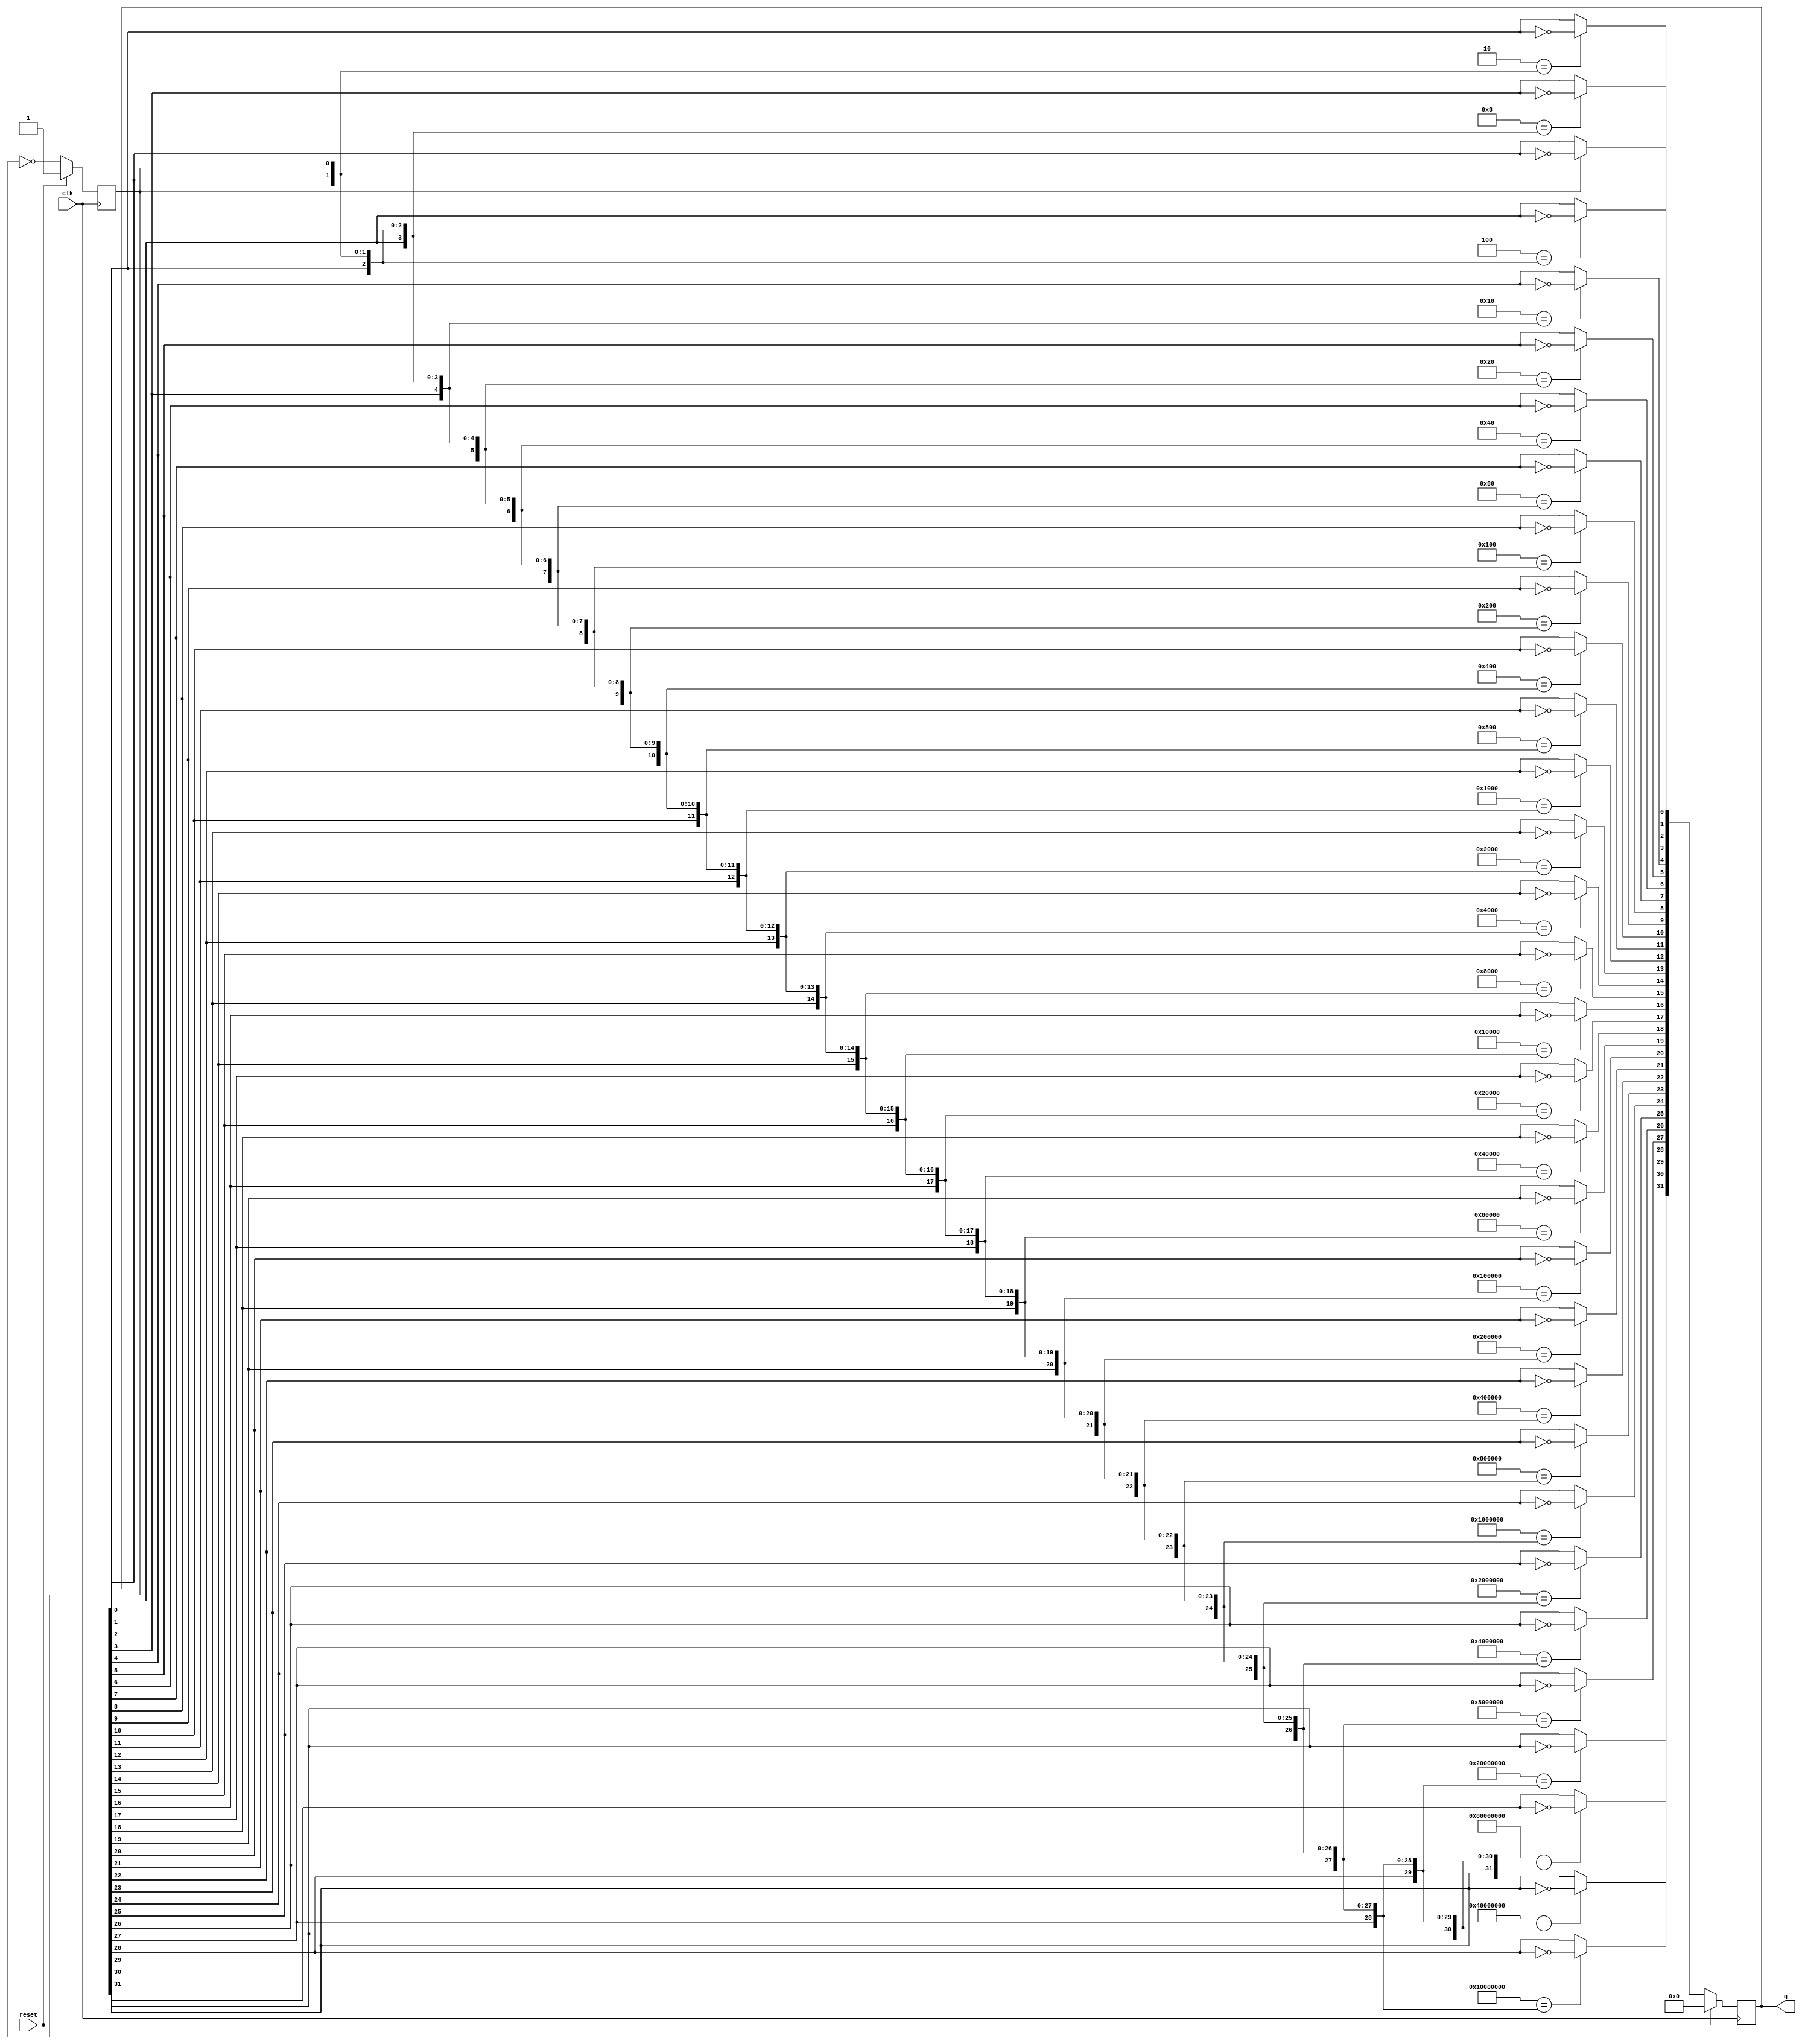
module gcounter(
		input 		   clk, reset,
		output wire [31:0] q
		);
   
   reg [31:0] cnt, cnt_next;
   reg 	      t, t_next;
   
   always @(posedge clk)
     begin
   	if (reset)
   	  begin
   	     t <= 1'b1;
   	     cnt <= 32'b0;
   	  end
   	else
   	  begin
   	     t <= t_next;
   	     cnt <= cnt_next;
   	  end
     end
   
   integer i;
   reg [31:0] v;
   
   always @(*)
     begin
   	t_next = ~t;
	
   	cnt_next[0]  = (1'h1 == t) ? ~cnt[0] : cnt[0];
   	cnt_next[1]  = (2'h2 == {cnt[0],t}) ? ~cnt[1] : cnt[1];
   	cnt_next[2]  = (3'h4 == {cnt[1:0],t}) ? ~cnt[2] : cnt[2];
   	cnt_next[3]  = (4'h8 == {cnt[2:0],t}) ? ~cnt[3] : cnt[3];
   	cnt_next[4]  = (5'h10 == {cnt[3:0],t}) ? ~cnt[4] : cnt[4];
   	cnt_next[5]  = (6'h20 == {cnt[4:0],t}) ? ~cnt[5] : cnt[5];
   	cnt_next[6]  = (7'h40 == {cnt[5:0],t}) ? ~cnt[6] : cnt[6];
   	cnt_next[7]  = (8'h80 == {cnt[6:0],t}) ? ~cnt[7] : cnt[7];
   	cnt_next[8]  = (9'h100 == {cnt[7:0],t}) ? ~cnt[8] : cnt[8];
   	cnt_next[9]  = (10'h200 == {cnt[8:0],t}) ? ~cnt[9] : cnt[9];
   	cnt_next[10] = (11'h400 == {cnt[9:0],t}) ? ~cnt[10] : cnt[10];
   	cnt_next[11] = (12'h800 == {cnt[10:0],t}) ? ~cnt[11] : cnt[11];
   	cnt_next[12] = (13'h1000 == {cnt[11:0],t}) ? ~cnt[12] : cnt[12];
   	cnt_next[13] = (14'h2000 == {cnt[12:0],t}) ? ~cnt[13] : cnt[13];
   	cnt_next[14] = (15'h4000 == {cnt[13:0],t}) ? ~cnt[14] : cnt[14];
   	cnt_next[15] = (16'h8000 == {cnt[14:0],t}) ? ~cnt[15] : cnt[15];
   	cnt_next[16] = (17'h10000 == {cnt[15:0],t}) ? ~cnt[16] : cnt[16];
   	cnt_next[17] = (18'h20000 == {cnt[16:0],t}) ? ~cnt[17] : cnt[17];
   	cnt_next[18] = (19'h40000 == {cnt[17:0],t}) ? ~cnt[18] : cnt[18];
   	cnt_next[19] = (20'h80000 == {cnt[18:0],t}) ? ~cnt[19] : cnt[19];
   	cnt_next[20] = (21'h100000 == {cnt[19:0],t}) ? ~cnt[20] : cnt[20];
   	cnt_next[21] = (22'h200000 == {cnt[20:0],t}) ? ~cnt[21] : cnt[21];
   	cnt_next[22] = (23'h400000 == {cnt[21:0],t}) ? ~cnt[22] : cnt[22];
   	cnt_next[23] = (24'h800000 == {cnt[22:0],t}) ? ~cnt[23] : cnt[23];
   	cnt_next[24] = (25'h1000000 == {cnt[23:0],t}) ? ~cnt[24] : cnt[24];
   	cnt_next[25] = (26'h2000000 == {cnt[24:0],t}) ? ~cnt[25] : cnt[25];
   	cnt_next[26] = (27'h4000000 == {cnt[25:0],t}) ? ~cnt[26] : cnt[26];
   	cnt_next[27] = (28'h8000000 == {cnt[26:0],t}) ? ~cnt[27] : cnt[27];
   	cnt_next[28] = (29'h10000000 == {cnt[27:0],t}) ? ~cnt[28] : cnt[28];
   	cnt_next[29] = (30'h20000000 == {cnt[28:0],t}) ? ~cnt[29] : cnt[29];
   	cnt_next[30] = (31'h40000000 == {cnt[29:0],t}) ? ~cnt[30] : cnt[30];
   	cnt_next[31] = (32'h80000000 == {cnt[30:0],t}) ? ~cnt[31] : cnt[31];

     end
   
   assign q = cnt;
   
endmodule